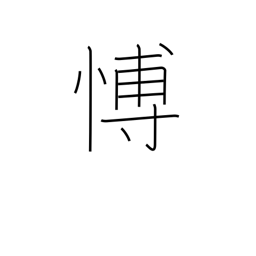
Meaning: grieving